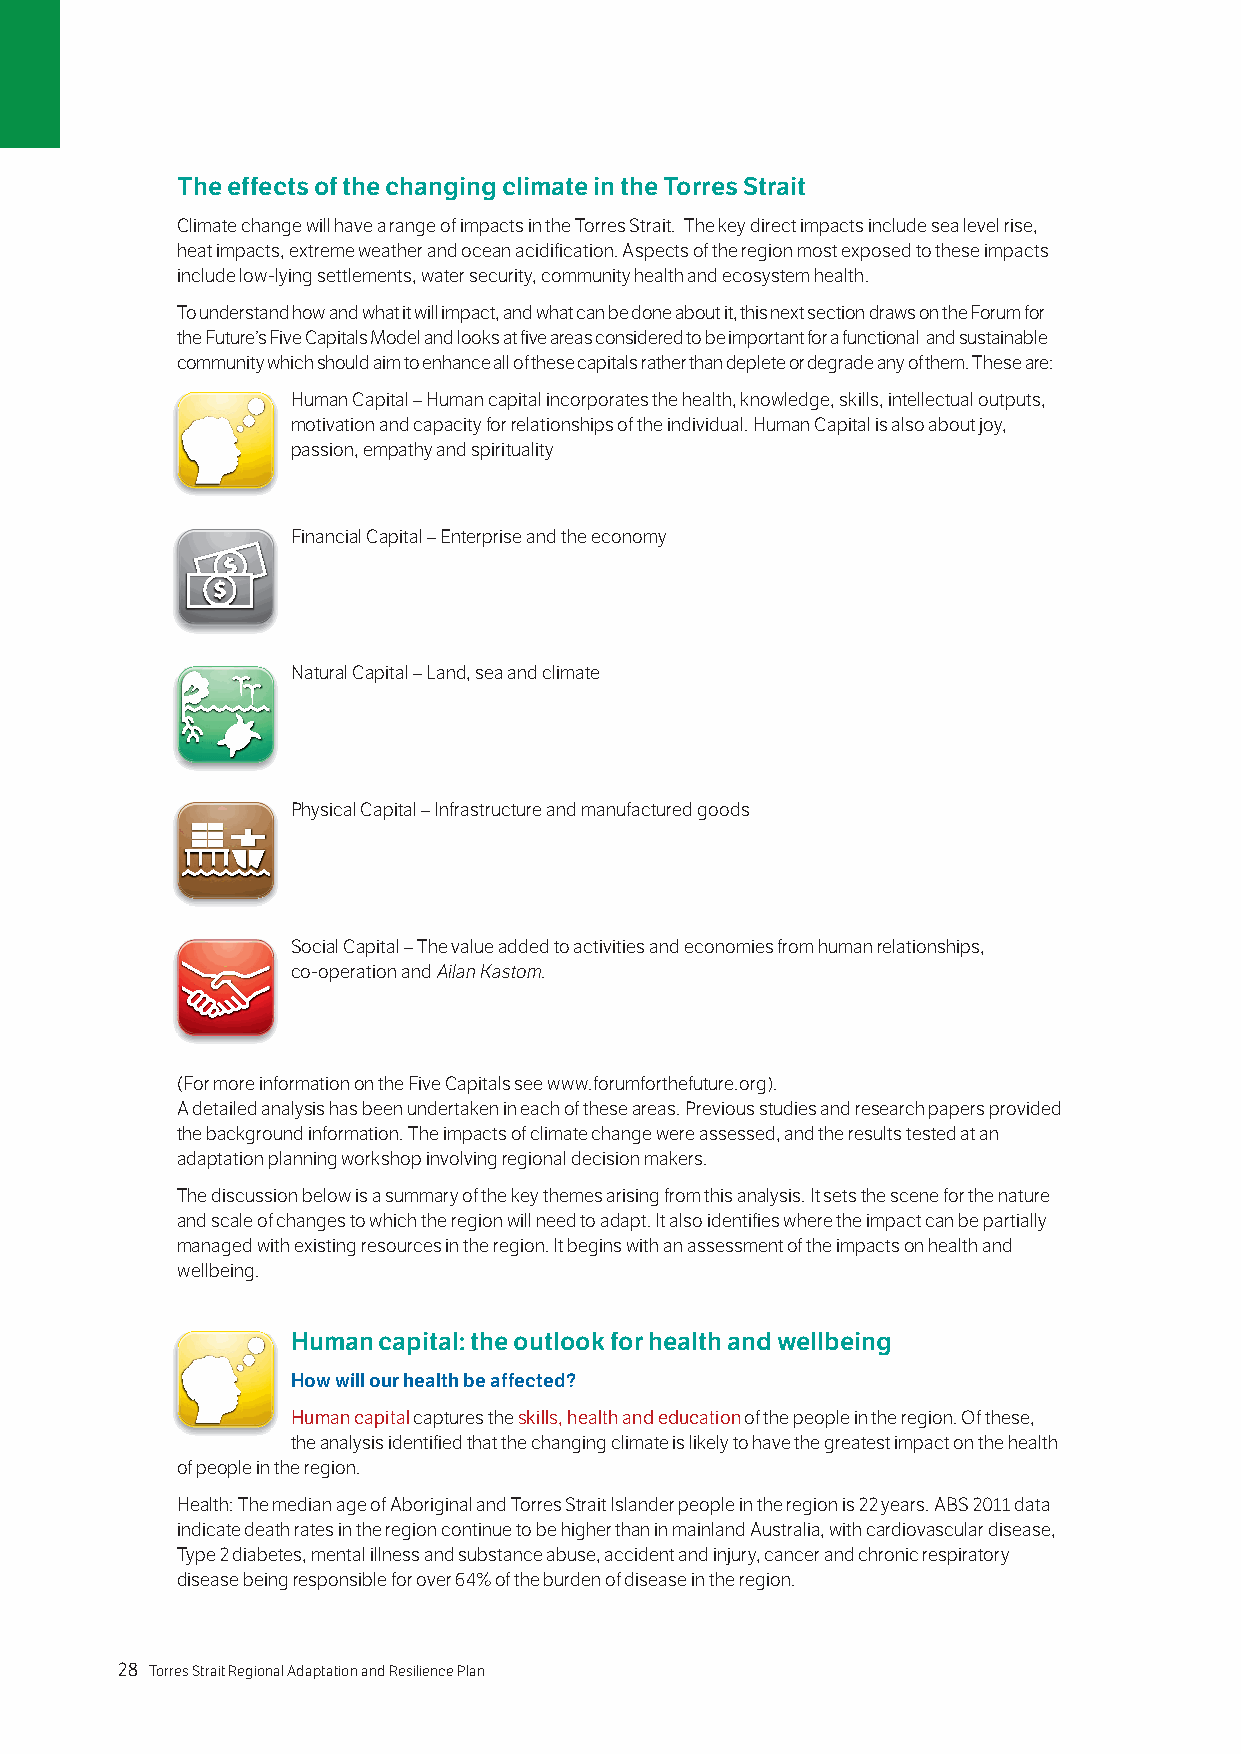
The effects of the changing climate in the Torres Strait
 Climate change will have a range of impacts in the Torres Strait. The key direct impacts include sea level rise,
 heat impacts, extreme weather and ocean acidification. Aspects of the region most exposed to these impacts
 include low-lying settlements, water security, community health and ecosystem health.
 To understand how and what it will impact, and what can be done about it, this next section draws on the Forum for
 the Future’s Five Capitals Model and looks at five areas considered to be important for a functional and sustainable
 community which should aim to enhance all of these capitals rather than deplete or degrade any of them. These are:
 Human Capital – Human capital incorporates the health, knowledge, skills, intellectual outputs,
 motivation and capacity for relationships of the individual. Human Capital is also about joy,
 passion, empathy and spirituality
 Financial Capital – Enterprise and the economy
 Natural Capital – Land, sea and climate
 Physical Capital – Infrastructure and manufactured goods
 Social Capital – The value added to activities and economies from human relationships,
 co-operation and Ailan Kastom.
 (For more information on the Five Capitals see www.forumforthefuture.org).
 A detailed analysis has been undertaken in each of these areas. Previous studies and research papers provided
 the background information. The impacts of climate change were assessed, and the results tested at an
 adaptation planning workshop involving regional decision makers.
 The discussion below is a summary of the key themes arising from this analysis. It sets the scene for the nature
 and scale of changes to which the region will need to adapt. It also identifies where the impact can be partially
 managed with existing resources in the region. It begins with an assessment of the impacts on health and
 wellbeing.
 Human capital: the outlook for health and wellbeing
 How will our health be affected?
 Human capital captures the skills, health and education of the people in the region. Of these,
 the analysis identified that the changing climate is likely to have the greatest impact on the health
 of people in the region.
 Health: The median age of Aboriginal and Torres Strait Islander people in the region is 22 years. ABS 2011 data
 indicate death rates in the region continue to be higher than in mainland Australia, with cardiovascular disease,
 Type 2 diabetes, mental illness and substance abuse, accident and injury, cancer and chronic respiratory
 disease being responsible for over 64% of the burden of disease in the region.
 28 Torres Strait Regional Adaptation and Resilience Plan